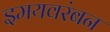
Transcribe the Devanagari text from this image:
इमयवरंबन